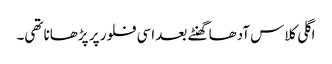
اگلی کلاس آدھا گھنٹے بعد اسی فلور پر پڑھانا تھی۔